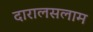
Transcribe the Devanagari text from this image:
दारालसलाम